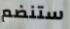
ستنضم